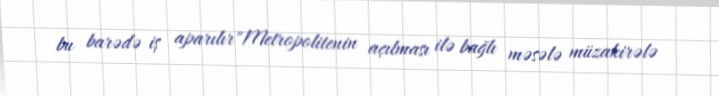
bu barədə iş aparılır"Metropolitenin açılması ilə bağlı məsələ müzakirələ